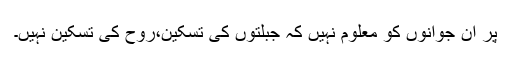
پر ان جوانوں کو معلوم نہیں کہ جبلتوں کی تسکین،روح کی تسکین نہیں۔